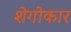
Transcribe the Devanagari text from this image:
शेगोकार